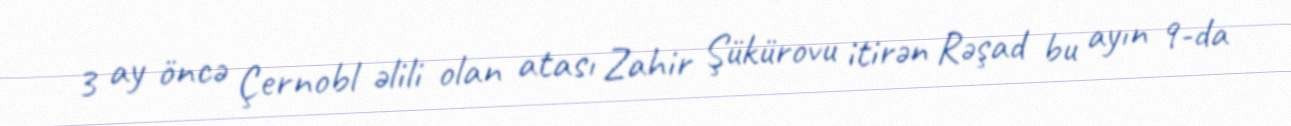
3 ay öncə Çernobl əlili olan atası Zahir Şükürovu itirən Rəşad bu ayın 9-da